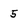
Character: 5